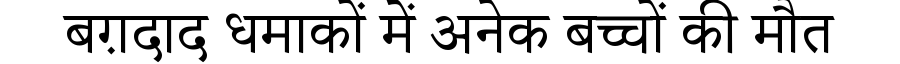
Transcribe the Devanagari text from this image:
बग़दाद धमाकों में अनेक बच्चों की मौत